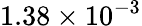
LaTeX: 1.38\times 10^{-3}